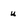
Character: u